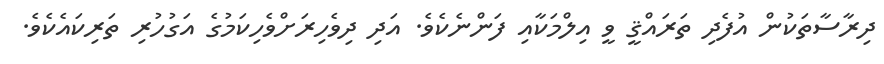
ދިރާސާތަކުން އުފެދި ތަރައްޤީ ވީ އިލްމަކާއި ފަންނެކެވެ. އަދި ދިވެހިރަށްވެހިކަމުގެ އަގުހުރި ތަރިކައެކެވެ.